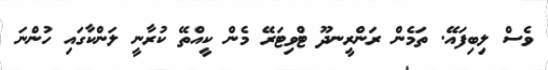
ވެސް ލިބިފައޭ. ތަމެން ރަންރީނދޫ ޓްވިޓަރޭ މެން ކީއްތޭ ކުރާނީ ލަންކާގައި ހުންނަ